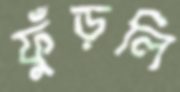
ফুঁড়লি